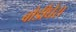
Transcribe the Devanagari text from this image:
बौर्डीघेरा